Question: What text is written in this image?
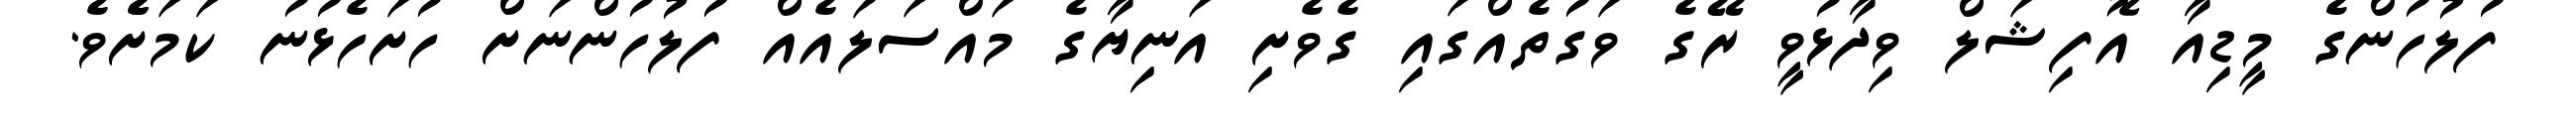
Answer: ފުލުހުންގެ މީޑިއާ އޮފިޝަލް ވިދާޅުވީ ރޭގެ ވަގުތެއްގައި ގެވެށި އަނިޔާގެ މައްސަލައެއް ފުލުހުންނަށް ހުށަހެޅުނު ކަމަށެެވެ.